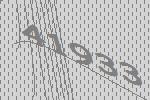
41933